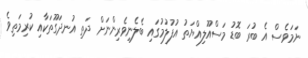
ނަމަވެސް އެ ބުރަ ބޮޑު މަސްއޫލިއްޔަތު އުފުލުމުގައި ބެލެނިވެރިންނަށް ދަތި އުނދަގޫތަކާއި ކުރިމަތިވެ